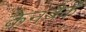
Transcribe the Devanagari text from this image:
केनबैक